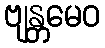
ဗျန္တမေဝ